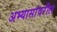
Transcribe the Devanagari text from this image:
अभ्यासांवरील